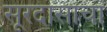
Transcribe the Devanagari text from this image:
सूरदासांचा